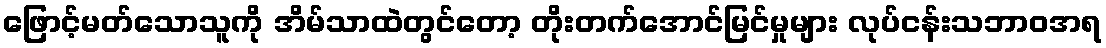
ဖြောင့်မတ်သောသူကို အိမ်သာထဲတွင်တော့ တိုးတက်အောင်မြင်မှုများ လုပ်ငန်းသဘာဝအရ